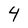
Character: 4